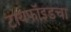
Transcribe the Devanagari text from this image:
टायफॉइडचा